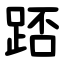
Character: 踎